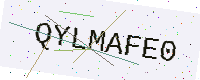
Text: QYLMAFE0